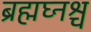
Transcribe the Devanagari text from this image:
ब्रह्मघ्नश्च